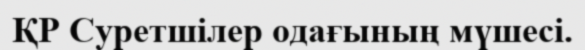
ҚР Суретшілер одағының мүшесі.